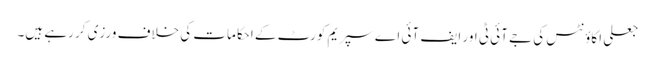
جعلی اکاؤنٹس کی جے آئی ٹی اور ایف آئی اے سپریم کورٹ کے احکامات کی خلاف ورزی کر رہے ہیں۔